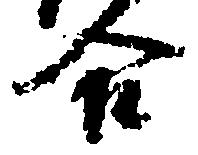
合